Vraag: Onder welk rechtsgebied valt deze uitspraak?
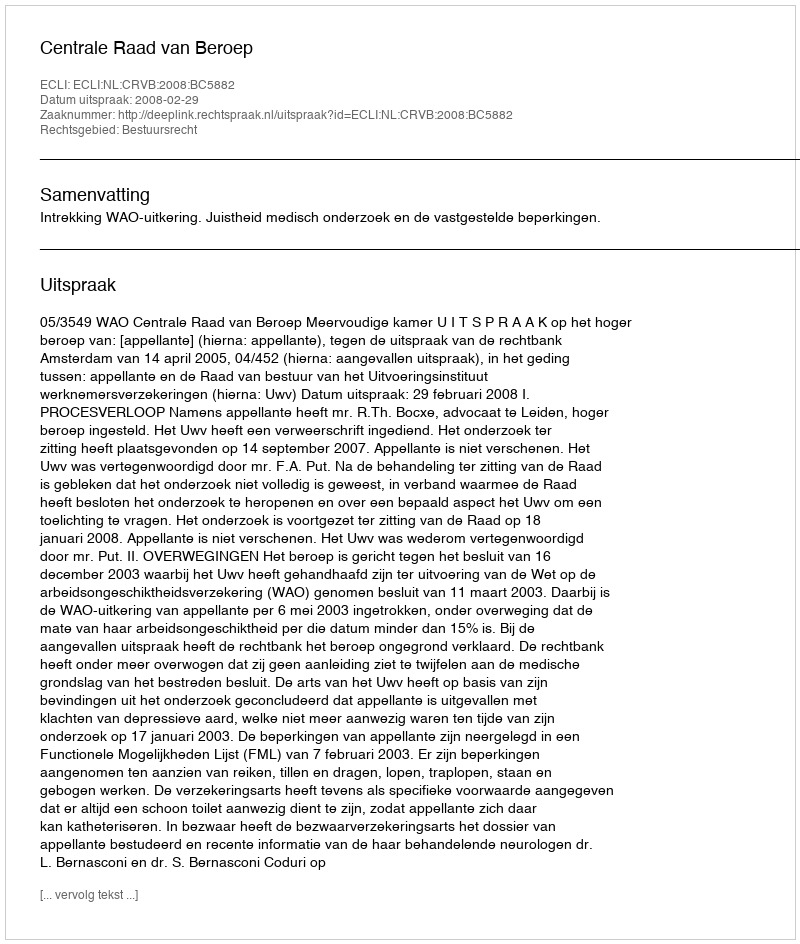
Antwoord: Bestuursrecht